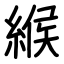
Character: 緱